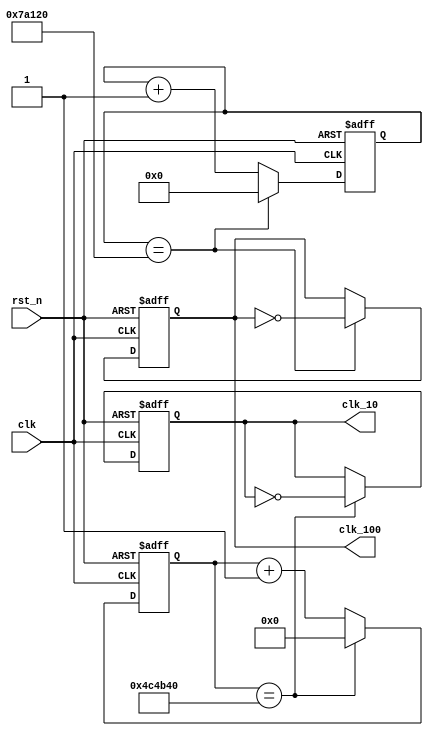
`define DIV_BIT_1HZ 26
`define DIV_BIT_100HZ 19

module clk_gen(
input clk,              // global clock
input rst_n,            // low avtive reset
output reg clk_10,       // 10HZ clock
output reg clk_100     // 100HZ clock
);
// declare internal node
reg [`DIV_BIT_1HZ-1:0]cnt_5M,cnt_5M_next;       // generate 1HZ clock
reg [`DIV_BIT_100HZ-1:0]cnt_500K,cnt_500K_next;   // generate 100HZ clock
reg clk_10_next;
reg clk_100_next;

// 1HZ clock counter opreation
always@*
    if(cnt_5M==`DIV_BIT_1HZ'd5000000)
    begin
        cnt_5M_next=`DIV_BIT_1HZ'd0;
        clk_10_next=~clk_10;
    end
    else
    begin
        cnt_5M_next=cnt_5M+`DIV_BIT_1HZ'd1;
        clk_10_next=clk_10;
    end
// Flip-Flop:Generate 1HZ Clock
always@(posedge clk or negedge rst_n)
    if(~rst_n)
    begin
        cnt_5M<=`DIV_BIT_1HZ'd0;
        clk_10<=0;
    end
    else
    begin
        cnt_5M<=cnt_5M_next;
        clk_10<=clk_10_next;
    end
// 100HZ clock counter opreation
always@*
    if(cnt_500K==`DIV_BIT_100HZ'd500000)
    begin
        cnt_500K_next=`DIV_BIT_100HZ'd0;
        clk_100_next=~clk_100;
    end
    else
    begin
        cnt_500K_next=cnt_500K+`DIV_BIT_100HZ'd1;
        clk_100_next=clk_100;
    end
// Flip-Flop: Generate 100HZ Clock
always@(posedge clk or negedge rst_n)
        if(~rst_n)
        begin
            cnt_500K<=`DIV_BIT_100HZ'd0;
            clk_100<=0;
        end
        else
        begin
            cnt_500K<=cnt_500K_next;
            clk_100<=clk_100_next;
        end
endmodule